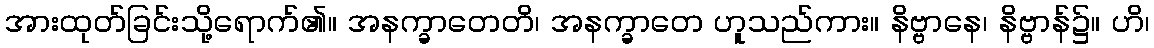
အားထုတ်ခြင်းသို့ရောက်၏။ အနက္ခာတေတိ၊ အနက္ခာတေ ဟူသည်ကား။ နိဗ္ဗာနေ၊ နိဗ္ဗာန်၌။ ဟိ၊